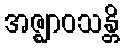
အဇ္ဈာဝသန္တိ